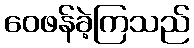
ဝေဖန်ခဲ့ကြသည်